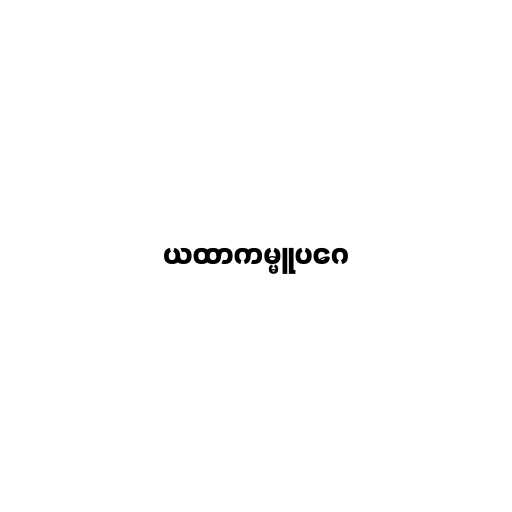
ယထာကမ္မူပဂေ